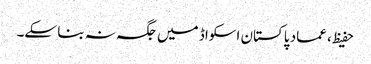
حفیظ، عماد پاکستان اسکواڈ میں جگہ نہ بنا سکے۔